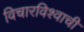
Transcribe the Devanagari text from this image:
विचारविश्वाची